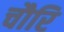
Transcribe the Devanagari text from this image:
चौरि